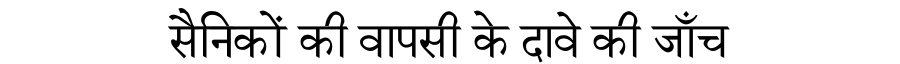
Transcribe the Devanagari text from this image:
सैनिकों की वापसी के दावे की जाँच